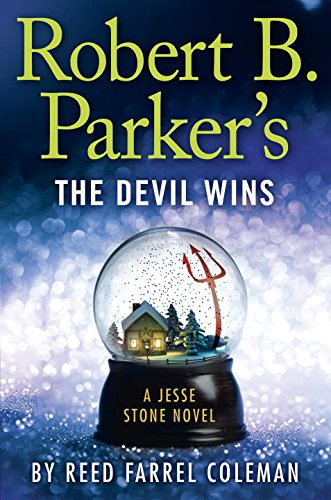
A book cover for Robert B. Parker's the Devil Wins (A Jesse Stone Novel); Reed Farrel Coleman; Mystery, Thriller & Suspense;